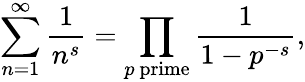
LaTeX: \sum_{n=1}^{\infty}{\frac{1}{n^{s}}}=\prod_{p{\mathrm{~prime}}}{\frac{1}{1-p^{-s}}},